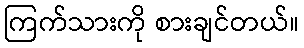
ကြက်သားကို စားချင်တယ်။